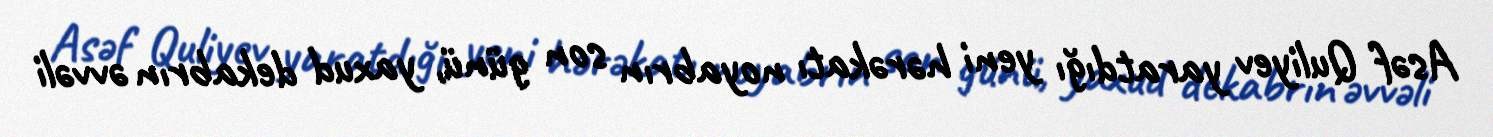
Asəf Quliyev yaratdığı yeni hərəkatı noyabrın son günü, yaxud dekabrın əvvəli